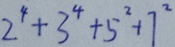
2 ^ { 4 } + 3 ^ { 4 } + 5 ^ { 2 } + 7 ^ { 2 }